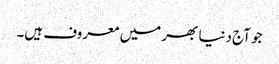
جو آج دنیا بھر میں معروف ہیں۔